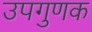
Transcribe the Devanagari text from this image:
उपगुणक